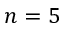
n = 5